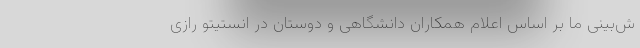
ش‌بینی ما بر اساس اعلام همکاران دانشگاهی و دوستان در انستیتو رازی